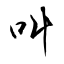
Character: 叫